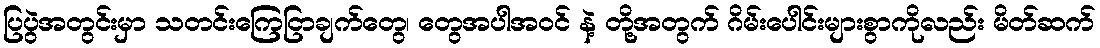
ပြပွဲအတွင်းမှာ သတင်းကြေငြာချက်တွေ၊ တွေအပါအဝင် နဲ့ တို့အတွက် ဂိမ်းပေါင်းများစွာကိုလည်း မိတ်ဆက်